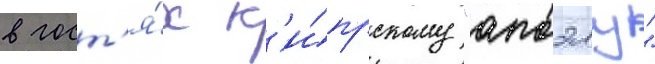
в гост'я́х к'и́прскому "апоэлу"